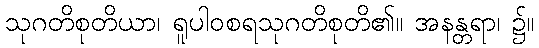
သုဂတိစုတိယာ၊ ရူပါဝစရသုဂတိစုတိ၏။ အနန္တရာ၊ ၌။